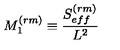
M _ { 1 } ^ { ( r m ) } \equiv \frac { S _ { e f f } ^ { ( r m ) } } { L ^ { 2 } }